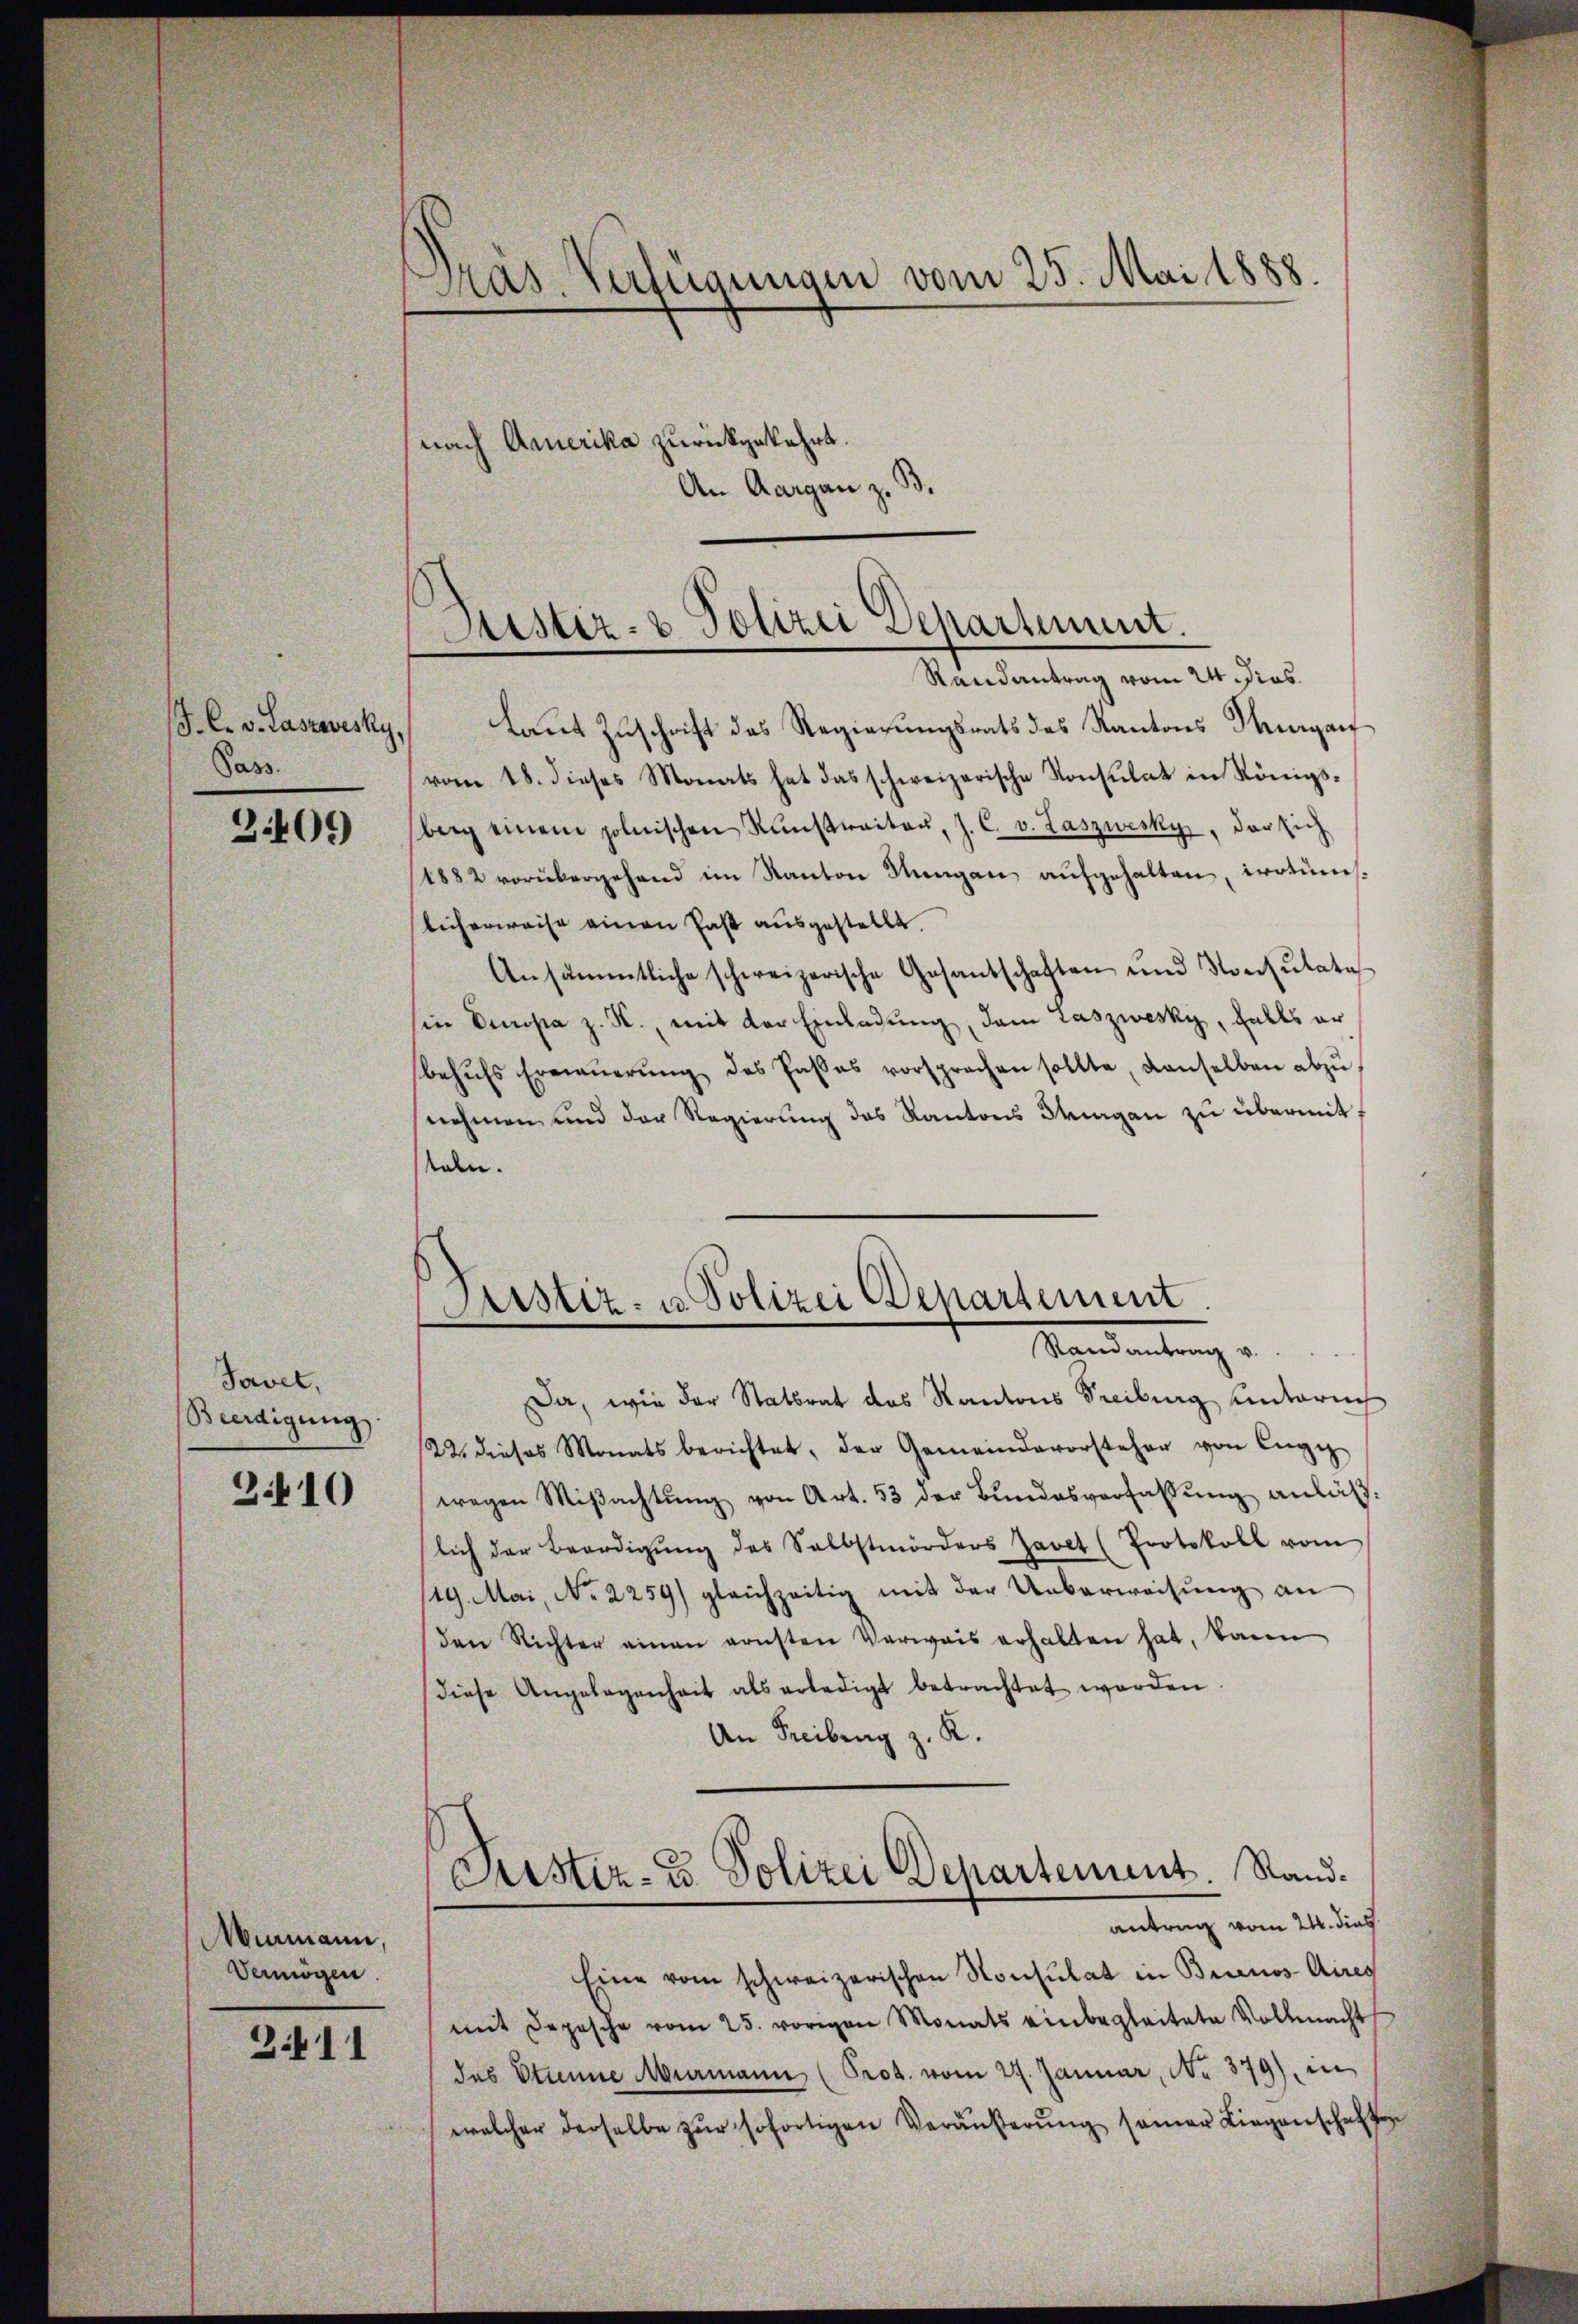
J. C. v. Laszovesky,
Pass.

309

Javet,
Beerdigung.

2410

Murmann,
Vermögen

3.411

Präs. Verfügungen vom 25. Mai 1888.
nach Amerika zurückgekehrt.
An Aargau z. B.

Sistiz- & Polizei Departement.
Randantrag vom 24. dies

Geistiz- u. Polizei Departement.
Randantrag v.

Laut Zuschrift des Regierungsrats des Kantons Hergan
vom 18. dieses Monats hat das schweizerische Konsulat in Königsberg einem polnischen Rŭnstraiter, J. C. v. Laszwecky, der sich
1882 vorübergehend im Kanton Sungau aufgehalten, irrtumslicherweise einen hast ausgestellt.
Ansämmtliche schweizerische Gesandschaften und Konsulates
sin Europa z. K., mit der Einladung, dem Laszwesky, falls er
behŭfs Erneŭerŭng des Paβas vorsprechen sollte, denselben abzŭ
nehmen und der Regierung des Kantons tragen zu übermit
kaln.

Da, wie der Statsrat des Kantons Freiburg unterich
22. dieses Monatsberichtet, der Gemeindevorsteher von Enge
wegen Miβachtung von Art. 53 der Bundesverfassung anläßlich der Beerdigŭng des Selbstmörders Javet (Protokoll vom
(19. Mai, No 2259) gleichzeitig mit der Ueberweisŭng an
den Richter einen ernsten Verwais erhalten hat, kann
diese Angelegenheit als erledigt betrachtet worden
An Freibung z. R.
Justiz- u. Polizei Departement. Standantrag vom 24. dies
Eine vom schweizerischen Konsulat in Brinos Aires
mit Depesche vom 25. vorigen Monats einbegleitete Vollmacht
das Stinne Murmann (Prod. vom 27. Januar, No 379), in
welcher derselbe zŭr sofortigen Veräŭβerŭng seiner Liegenschaften